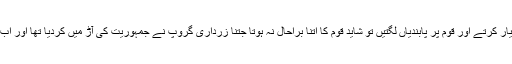
اگر امریکہ کا ساتھ نہ دینے کی پالیسی اختیار کرتے اور قوم پر پابندیاں لگتیں تو شاید قوم کا اتنا براحال نہ ہوتا جتنا زرداری گروپ نے جمہوریت کی آڑ میں کردیا تھا اور اب رہی سہی کسرنون لیگ نے نکال دی ہے ۔